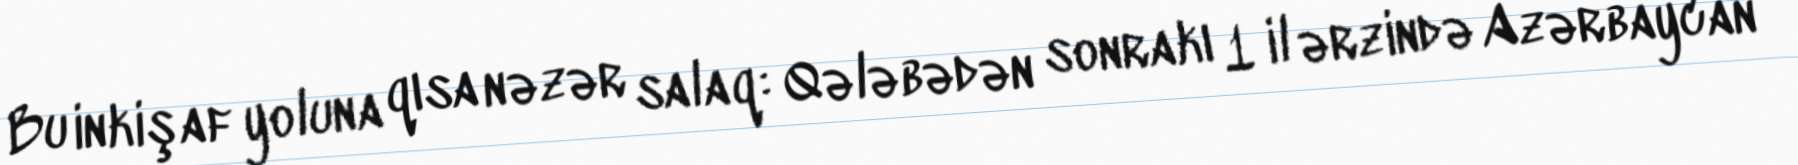
Bu inkişaf yoluna qısa nəzər salaq: Qələbədən sonrakı 1 il ərzində Azərbaycan